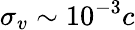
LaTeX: \sigma_{v}\sim 10^{-3}c